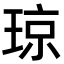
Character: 琼